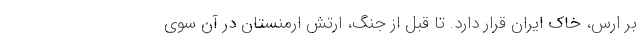
بر ارس، خاک ایران قرار دارد. تا قبل از جنگ، ارتش ارمنستان در آن سوی